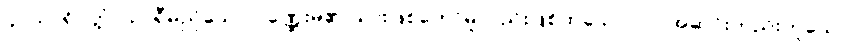
၄။ သာရိပုတ္တံ၊ သာရီမည်သော ပုဏ္ဏေးမ၏ သားဖြစ်တော်မူလည်းဖြစ်ထသော။ ဝါ၊ အဆင်းတည်းဟူသော